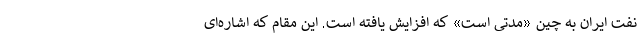
نفت ایران به چین «مدتی است» که افزایش یافته است. این مقام که اشاره‌ای